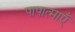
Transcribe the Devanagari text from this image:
पापात्माएँ